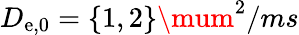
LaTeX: D_{\mathrm{e},0}=\{ 1,2\} \mum^{2}/ms